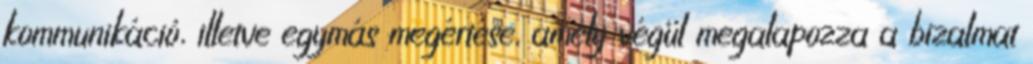
kommunikáció, illetve egymás megértése, amely végül megalapozza a bizalmat